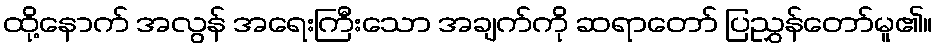
ထို့နောက် အလွန် အရေးကြီးသော အချက်ကို ဆရာတော် ပြညွှန်တော်မူ၏။